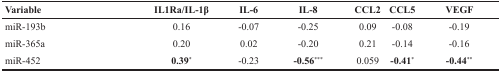
<table><thead><tr><td><b>Variable</b></td><td><b>IL1Ra/IL-1β</b></td><td><b>IL-6</b></td><td><b>IL-8</b></td><td><b>CCL2</b></td><td><b>CCL5</b></td><td><b>VEGF</b></td></tr></thead><tbody><tr><td>miR-193b</td><td>0.16</td><td>-0.07</td><td>-0.25</td><td>0.09</td><td>-0.08</td><td>-0.19</td></tr><tr><td>miR-365a</td><td>0.20</td><td>0.02</td><td>-0.20</td><td>0.21</td><td>-0.14</td><td>-0.16</td></tr><tr><td>miR-452</td><td><b>0.39</b><sup>*</sup></td><td>-0.23</td><td><b>-0.56</b><sup>***</sup></td><td>0.059</td><td><b>-0.41</b><sup>*</sup></td><td><b>-0.44</b><sup>**</sup></td></tr></tbody></table>